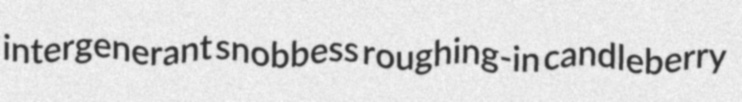
intergenerant snobbess roughing-in candleberry